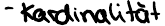
- Kardinalität